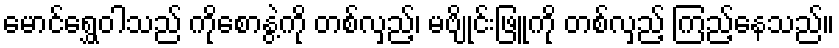
မောင်ရွှေဝါသည် ကိုစောနွဲ့ကို တစ်လှည့်၊ မဗျိုင်းဖြူကို တစ်လှည့် ကြည့်နေသည်။